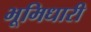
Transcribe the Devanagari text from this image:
भूमिधारी